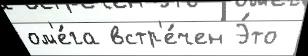
ом'е́га встр'е́чен Э́то